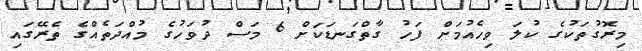
މިރޮގުތަކުގެ ކުލަ ވިހެއުމަށް ފަހު ގާތްގަނޑަކަށް 6 މަސް ދުވަހުގެ މުއްދަތެއްގެ ތެރޭގައި